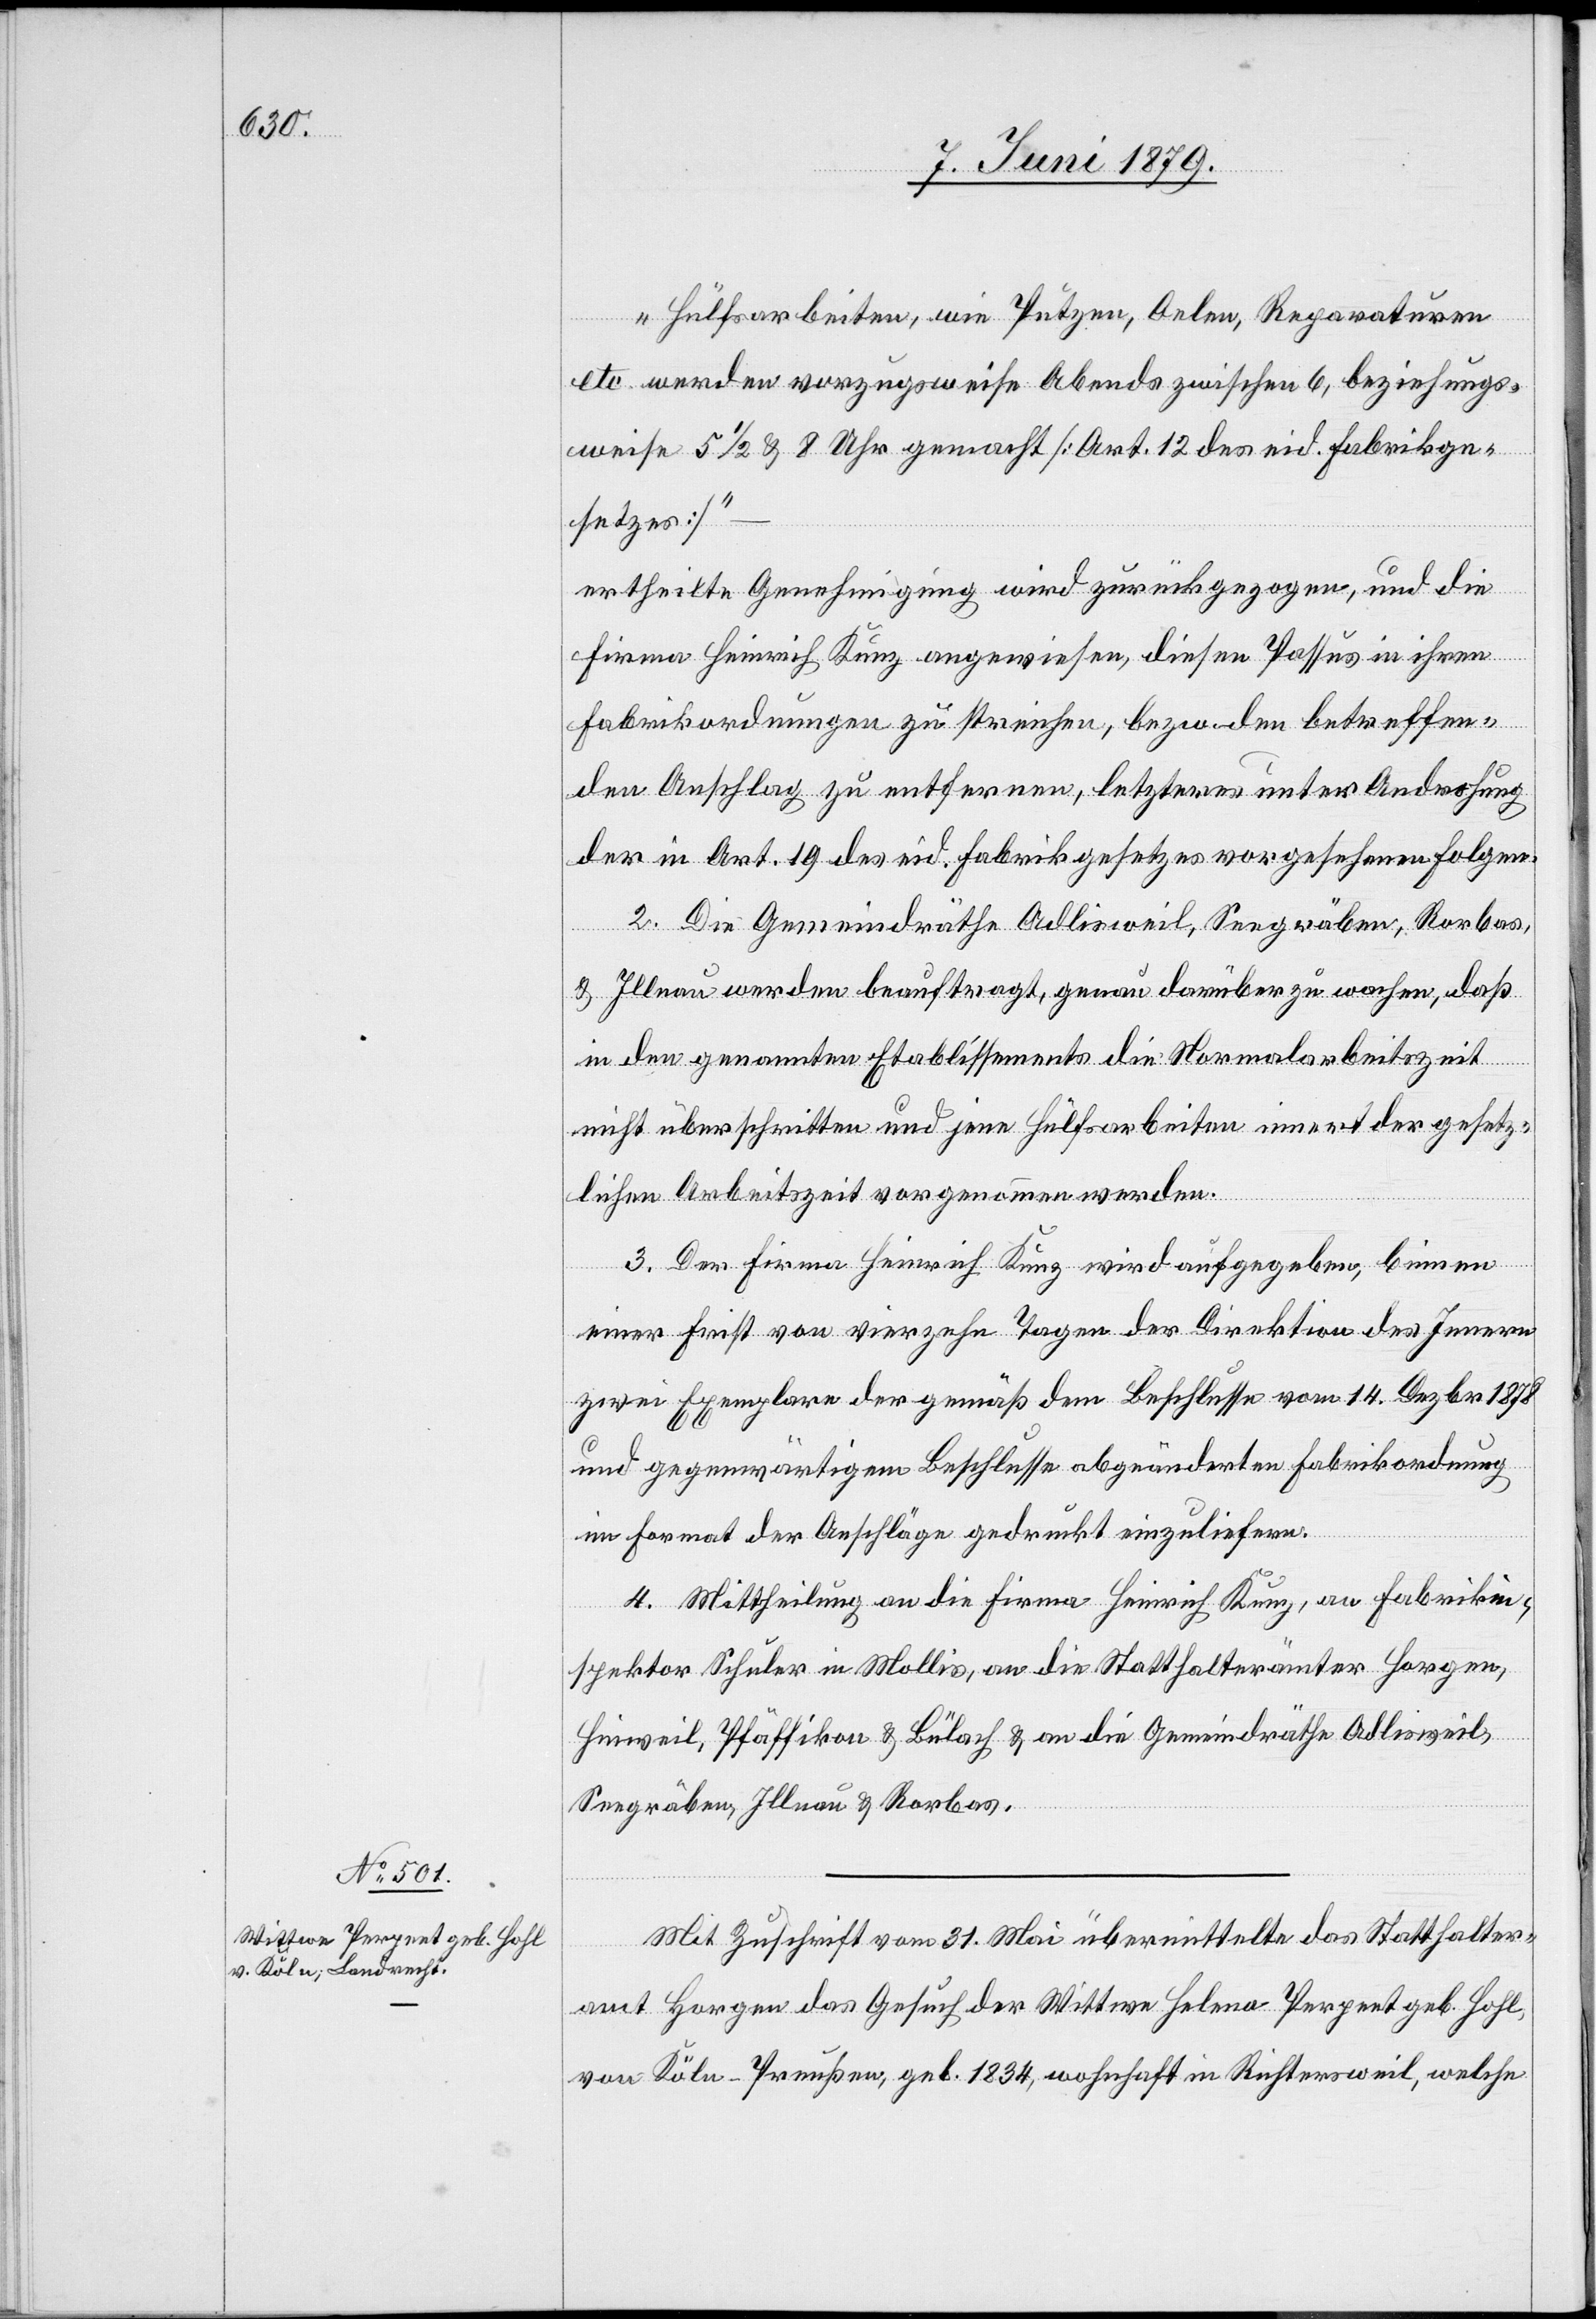
„Hülfsarbeiten, wie Putzen, Oelen, Reparaturen
etc. werden vorzugsweise Abends zwischen 6, beziehungs¬
weise 5 1/2 & 8 Uhr gemacht [Art. 12 des eid. Fabrikge¬
setzes]“
ertheilte Genehmigung wird zurückgezogen, und die
Firma Heinrich Kunz angewiesen, diesen Passus in ihren
Fabrikordnungen zu streichen, bezw. den betreffen¬
den Anschlag zu entfernen, letzteres unter Androhung
der in Art. 19 des eid. Fabrikgesetzes vorgesehenen Folgen.
2. Die Gemeindräthe Adlisweil, Seegräben, Rorbas,
& Illnau werden beauftragt, genau darüber zu wachen, daß
in den genannten Etablissements die Normalarbeitszeit
nicht überschritten und jene Hülfsarbeiten innert der gesetz¬
lichen Arbeitszeit vorgenommen werden.
3. Der Firma Heinrich Kunz wird aufgegeben, binnen
einer Frist von vierzehn Tagen der Direktion des Innern
zwei Exemplare der gemäß dem Beschlusse vom 14. Dezbr. 1878
und gegenwärtigem Beschlusse abgeänderten Fabrikordnung
im Format der Anschläge gedruckt einzuliefern.
4. Mittheilung an die Firma Heinrich Kunz, an Fabrikin¬
spektor Schuler in Mollis, an die Statthalterämter Horgen,
Hinweil, Pfäffikon & Bülach & an die Gemeindräthe Adlisweil,
Seegräben, Illnau & Rorbas.
Mit Zuschrift vom 31. Mai übermittelte das Statthalter¬
amt Horgen das Gesuch der Wittwe Helena Perpeet geb. Hohl,
von Köln - Preußen, geb. 1834, wohnhaft in Richtersweil, welche